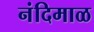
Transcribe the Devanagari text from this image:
नंदिमाळ